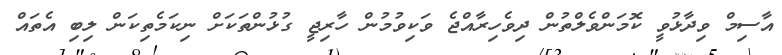
އާސިމް ވިދާޅުވީ ކޮމަންވެލްތުން ދިވެހިރާއްޖެ ވަކިވުމުން ހާރިޖީ ގުޅުންތަކަށް ނިކަމެތިކަން ލިބި އެތައް